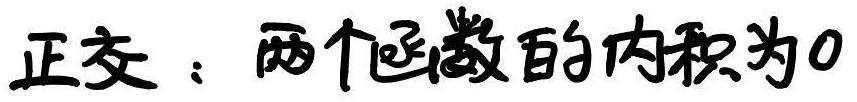
正交：两个函数的内积为0